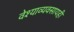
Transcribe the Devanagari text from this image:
वेश्याव्यवसायही